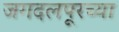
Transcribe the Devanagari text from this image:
जगदलपूरच्या